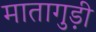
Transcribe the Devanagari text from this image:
मातागुड़ी